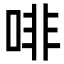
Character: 啡